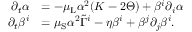
\begin{array} { r l } { \partial _ { t } \alpha } & { = - \mu _ { \mathrm { L } } \alpha ^ { 2 } ( K - 2 \Theta ) + \beta ^ { i } \partial _ { i } \alpha } \\ { \partial _ { t } \beta ^ { i } } & { = \mu _ { \mathrm { S } } \alpha ^ { 2 } \tilde { \Gamma } ^ { i } - \eta \beta ^ { i } + \beta ^ { j } \partial _ { j } \beta ^ { i } . } \end{array}